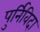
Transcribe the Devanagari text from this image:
पुर्निविदा